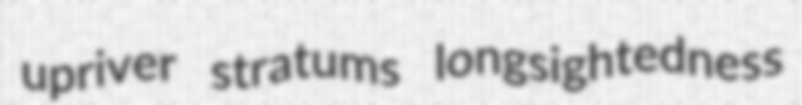
upriver stratums longsightedness